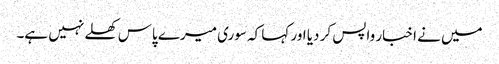
میں نے اخبار واپس کر دیا اور کہا کہ سوری میرے پاس کھلے نہیں ہے۔